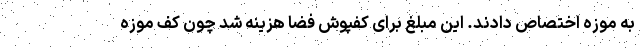
به موزه اختصاص دادند. این مبلغ برای کفپوش فضا هزینه شد چون کف موزه